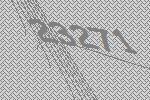
23271